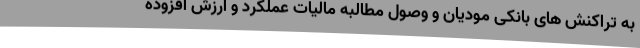
به تراکنش های بانکی مودیان و وصول مطالبه مالیات عملکرد و ارزش افزوده